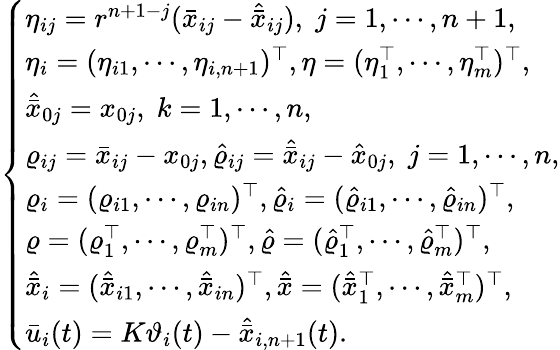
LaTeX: \left\{ \begin{array}{ll}{\eta_{ij}=r^{n+1-j}(\bar{x}_{ij}-\hat{\bar{x}}_{ij}),\; j=1,\cdots,n+1,}\\ {\eta_{i}=(\eta_{i1},\cdots,\eta_{i,n+1})^{\top},\eta=(\eta_{1}^{\top},\cdots,\eta_{m}^{\top})^{\top},}\\ {\hat{\bar{x}}_{0j}=x_{0j},\; k=1,\cdots,n,}\\ {\varrho_{ij}=\bar{x}_{ij}-x_{0j},\hat{\varrho}_{ij}=\hat{\bar{x}}_{ij}-\hat{x}_{0j},\; j=1,\cdots,n,}\\ {\varrho_{i}=(\varrho_{i1},\cdots,\varrho_{in})^{\top},\hat{\varrho}_{i}=(\hat{\varrho}_{i1},\cdots,\hat{\varrho}_{in})^{\top},}\\ {\varrho=(\varrho_{1}^{\top},\cdots,\varrho_{m}^{\top})^{\top},\hat{\varrho}=(\hat{\varrho}_{1}^{\top},\cdots,\hat{\varrho}_{m}^{\top})^{\top},}\\ {\hat{\bar{x}}_{i}=(\hat{\bar{x}}_{i1},\cdots,\hat{\bar{x}}_{in})^{\top},\hat{\bar{x}}=(\hat{\bar{x}}_{1}^{\top},\cdots,\hat{\bar{x}}_{m}^{\top})^{\top},}\\ {\bar{u}_{i}(t)=K\mathfrak{\vartheta}_{i}(t)-\hat{\bar{x}}_{i,n+1}(t).}\end{array}\right.